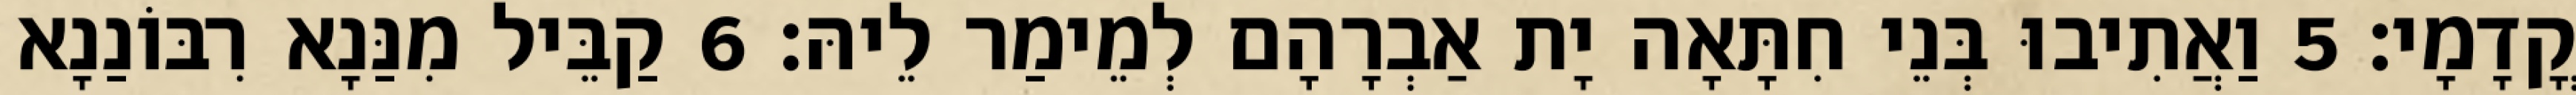
קֳדָמָי׃ 5 וַאֲתִיבוּ בְּנֵי חִתָּאָה יָת אַבְרָהָם לְמֵימַר לֵיהּ׃ 6 קַבֵּיל מִנַּנָא רִבּוֹנַנָא